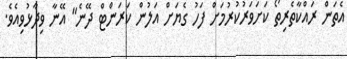
އެތަން ރައްކާތެރިތޯ ކަށަވަރުކުރުމަށް ފަހު ގެޔަށް އަލުން ކަރަންޓް ދޭނެ" އޭނާ ވިދާޅުވިއެވެ.